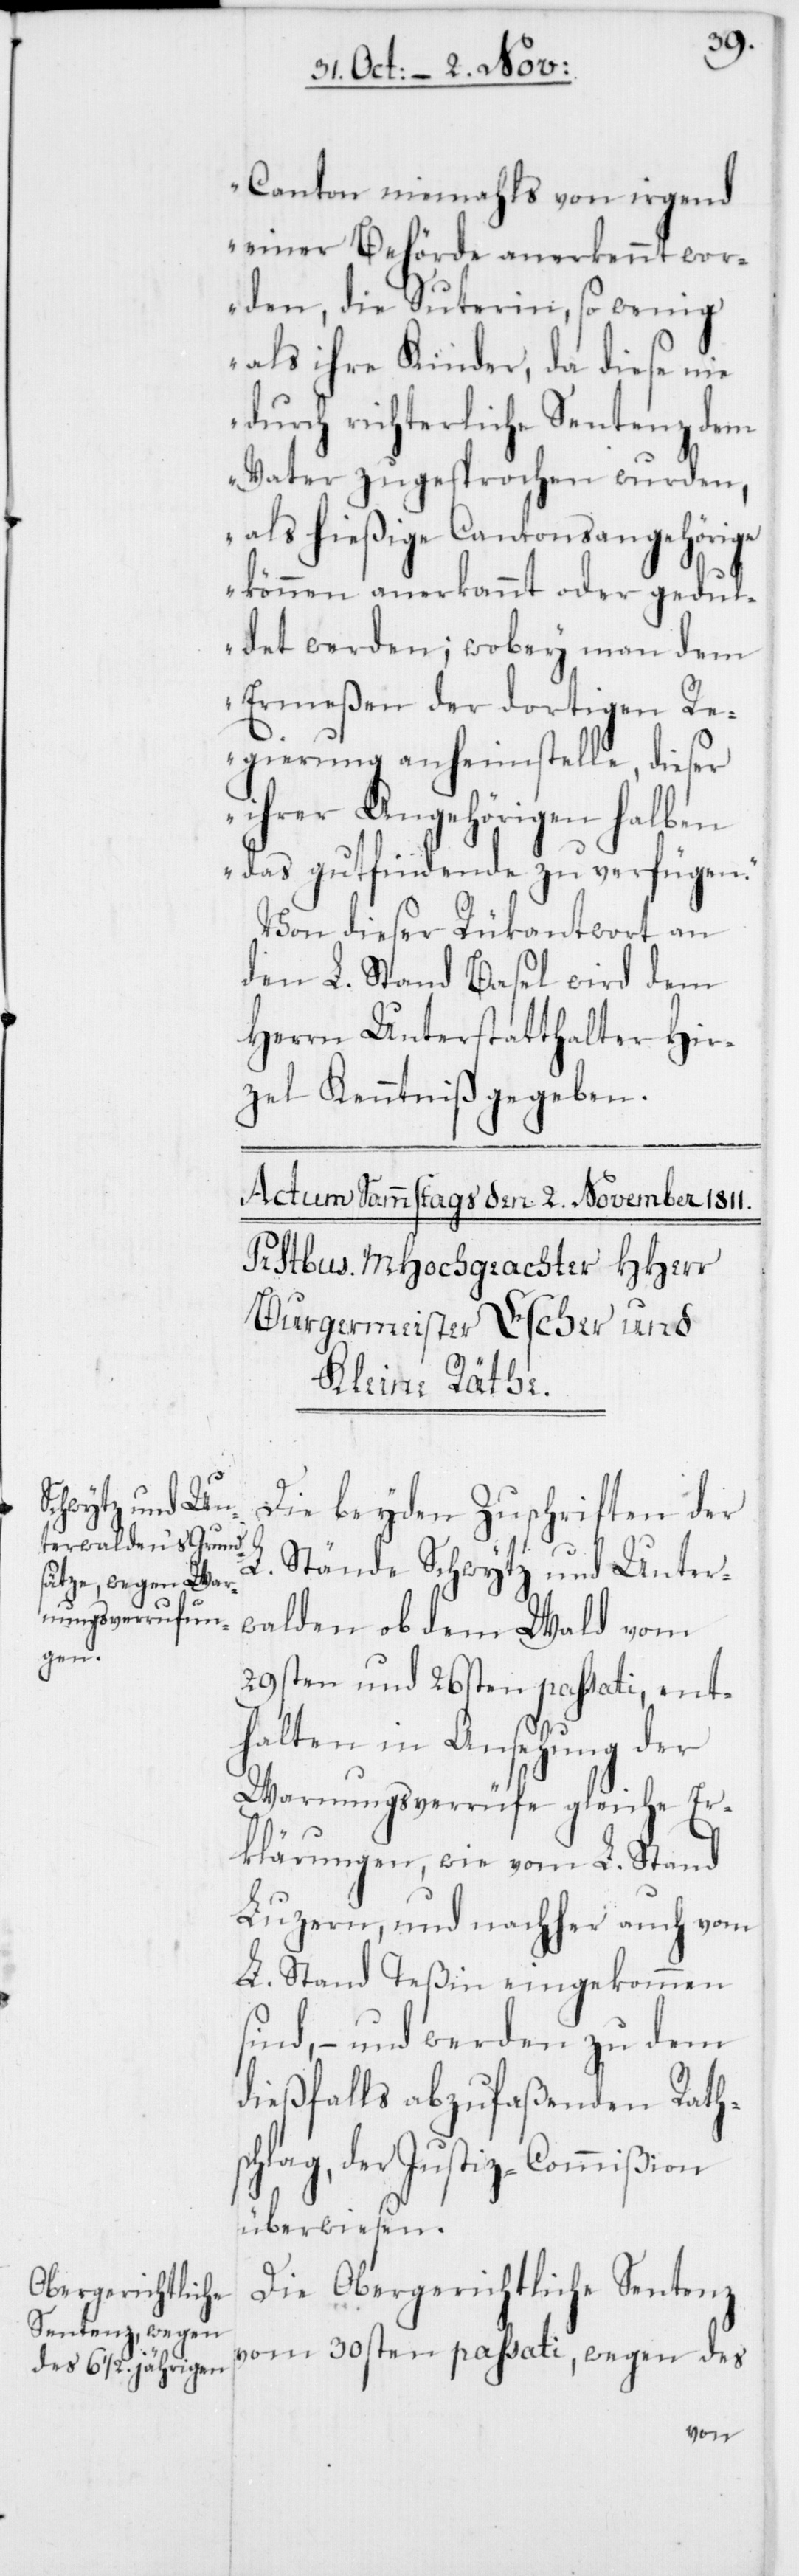
Canton niemahls von irgend
einer Behörde anerkennt wor¬
den, die Suterin, so wenig
als ihre Kinder, da diese nie
durch richterliche Sentenz dem
Vater zugeprochen wurden,
als hießige Cantonsangehörige
können anerkannt oder gedul¬
det werden; wobey man dem
Ermeßen der dortigen Re¬
gierung anheimstelle, dieser
ihrer Angehörigen halben
das gutfindende zu verfügen.“
Von dieser Rükantwort an
den L. Stand Basel wird dem
Herrn Unterstatthalter Hir¬
zel Kenntniß gegeben.
Die beyden Zuschriften der
L.
Stände Schwytz und Unter¬
walden ob dem Wald vom
29sten und 26sten passati, ent¬
halten in Ansehung der
Warnungsverrüfe gleiche Er¬
klärungen, wie vom L. Stand
Luzern, und nachher auch vom
L. Stand Teßin eingekommen
sind, – und werden zu dem
dießfalls abzufaßenden Rath¬
schlag, der Justiz-Commißion
überwiesen.
Die Obergerichtliche Sentenz
vom 30sten passati, wegen des